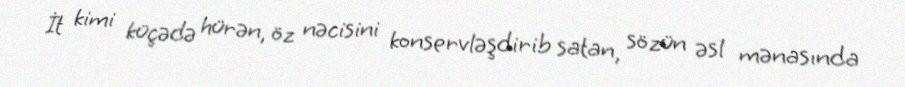
İt kimi küçədə hürən, öz nəcisini konservləşdirib satan, sözün əsl mənasında